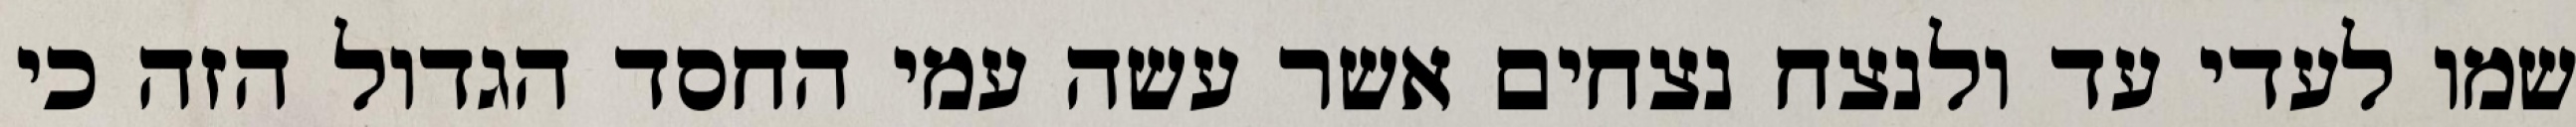
שמו לעדי עד ולנצח נצחים אשר עשה עמי החסד הגדול הזה כי